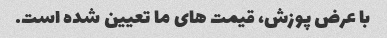
با عرض پوزش، قیمت های ما تعیین شده است.